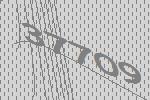
37709